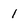
Character: 1